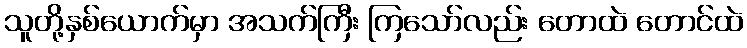
သူတို့နှစ်ယောက်မှာ အသက်ကြီး ကြသော်လည်း တောထဲ တောင်ထဲ